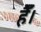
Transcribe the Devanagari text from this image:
हैैँँ।